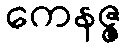
ကေနဇ္ဇ